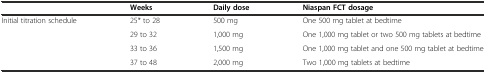
|  | Weeks | Daily dose | Niaspan FCT dosage |
 | --- | --- | --- | --- |
 | <ROWSPAN=4> Initial titration schedule | 25* to 28 | 500 mg | One 500 mg tablet at bedtime |
 | 29 to 32 | 1,000 mg | One 1,000 mg tablet or two 500 mg tablets at bedtime |
 | 33 to 36 | 1,500 mg | One 1,000 mg tablet and one 500 mg tablet at bedtime |
 | 37 to 48 | 2,000 mg | Two 1,000 mg tablets at bedtime |